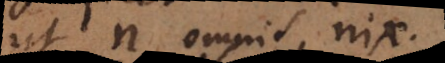
ut n omnis nix,